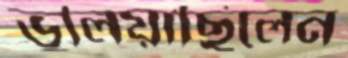
ভুলিয়াছিলেন